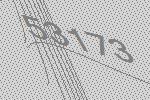
53173